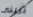
ترينى